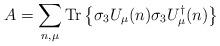
LaTeX: \begin{align*}A = \sum_{n,\mu}{\rm Tr}\left\{\sigma_3 U_\mu(n) \sigma_3 U^\dagger_\mu(n)\right\}\end{align*}